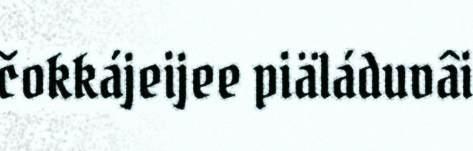
čokkájeijee piäláduvâi